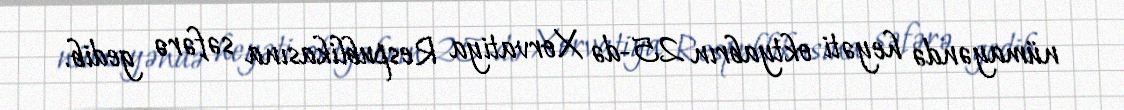
nümayəndə heyəti oktyabrın 25-də Xorvatiya Respublikasına səfərə gedib.